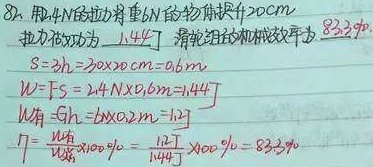
82. 用\(2.4N\)的拉力将重\(6N\)的物体提升\(20cm\)，拉力做功为\(1.44J\) ，滑轮组的机械效率为\(83.3\%\)。

\[
\begin{align*}
s& = 3h=3\times20\mathrm{cm} = 0.6\mathrm{m}\\
W_{总}&=Fs = 2.4\mathrm{N}\times0.6\mathrm{m} = 1.44\mathrm{J}\\
W_{有}&=Gh = 6\mathrm{N}\times0.2\mathrm{m} = 1.2\mathrm{J}\\
\eta&=\frac{W_{有}}{W_{总}}\times100\%=\frac{1.2\mathrm{J}}{1.44\mathrm{J}}\times100\% \approx 83.3\%
\end{align*}
\]